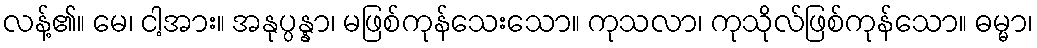
လန့်၏။ မေ၊ ငါ့အား။ အနုပ္ပန္နာ၊ မဖြစ်ကုန်သေးသော။ ကုသလာ၊ ကုသိုလ်ဖြစ်ကုန်သော။ ဓမ္မာ၊